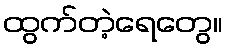
ထွက်တဲ့ရေတွေ။